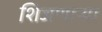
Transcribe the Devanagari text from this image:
शिजणार्‍या